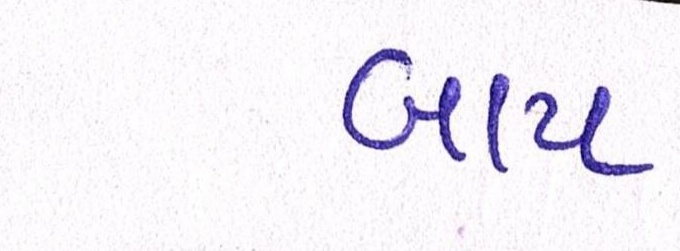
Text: બાપ